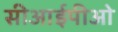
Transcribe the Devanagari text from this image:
सीआईपीओ